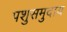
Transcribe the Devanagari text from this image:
पशुसमुदाय